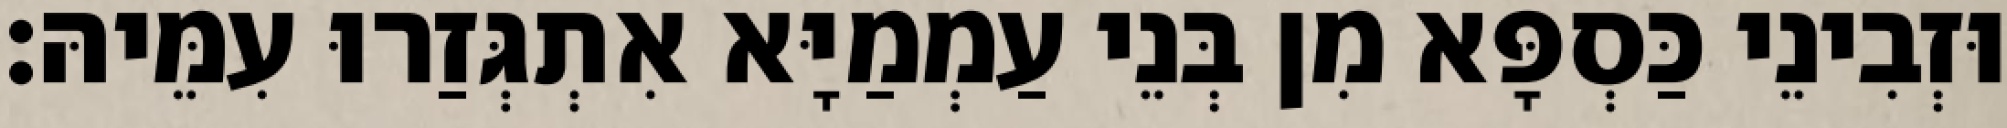
וּזְבִינֵי כַּסְפָּא מִן בְּנֵי עַמְמַיָּא אִתְגְּזַרוּ עִמֵּיהּ׃